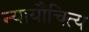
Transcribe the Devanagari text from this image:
न्यायौचित्य